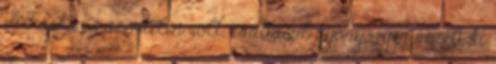
A Farka is szőrtelen volt, ráadásul gyönyörűen nézett ki